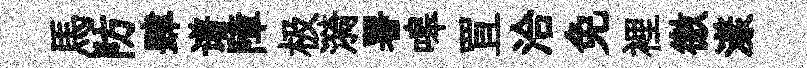
馬防肆谱障极漪署嗥罝洽免裡徼漾